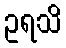
ဥရသိ